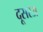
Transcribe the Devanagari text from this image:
दूसरअ